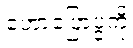
ဟောပြောပွဲကို